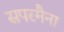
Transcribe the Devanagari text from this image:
सपरमैना